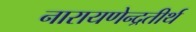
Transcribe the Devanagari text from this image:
नारायणेन्द्रतीर्थ